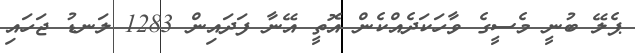
ޕެލޭ ބުނީ މެސީގެ ވާހަކަދެއްކެން އޮތީ އޭނާ ފަދައިން 1283 ލަނޑު ޖަހައި